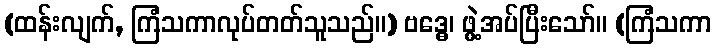
(ထန်းလျက်, ကြံသကာလုပ်တတ်သူသည်။) ဗဒ္ဓေ၊ ဖွဲ့အပ်ပြီးသော်။ (ကြံသကာ